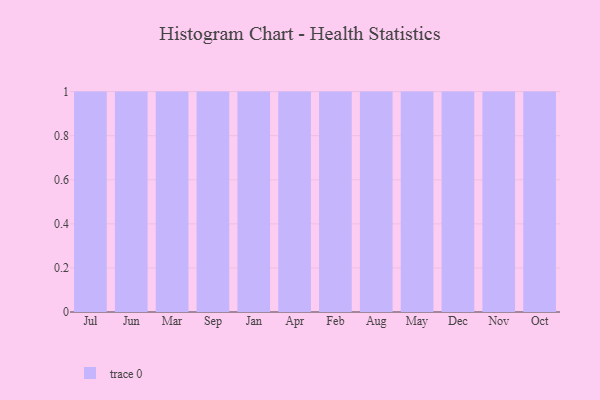
{"axis": {"x": "Month", "y": "Inventory Turnover"}, "legend": [""], "data": [{"x": "Jul", "y": 42, "type": ""}, {"x": "Jun", "y": 98, "type": ""}, {"x": "Mar", "y": 15, "type": ""}, {"x": "Sep", "y": 9, "type": ""}, {"x": "Jan", "y": 15, "type": ""}, {"x": "Apr", "y": 5, "type": ""}, {"x": "Feb", "y": 67, "type": ""}, {"x": "Aug", "y": 79, "type": ""}, {"x": "May", "y": 39, "type": ""}, {"x": "Dec", "y": 54, "type": ""}, {"x": "Nov", "y": 83, "type": ""}, {"x": "Oct", "y": 38, "type": ""}]}